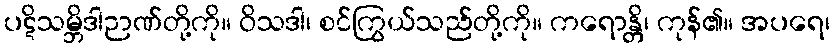
ပဋိသမ္ဘိဒါဉာဏ်တို့ကို။ ဝိသဒါ၊ စင်ကြွယ်သည်တို့ကို။ ကရောန္တိ၊ ကုန်၏။ အပရေ၊